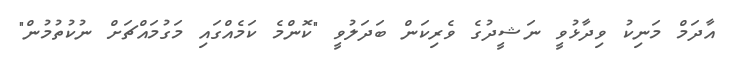
އާދަމް މަނިކު ވިދާޅުވީ ނަޝީދުގެ ވެރިކަން ބަދަލުވީ "ކޮންމެ ކަމެއްގައި މަގުމައްޗަށް ނުކުތުމުން"